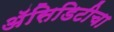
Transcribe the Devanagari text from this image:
अॅसिडिटीचा